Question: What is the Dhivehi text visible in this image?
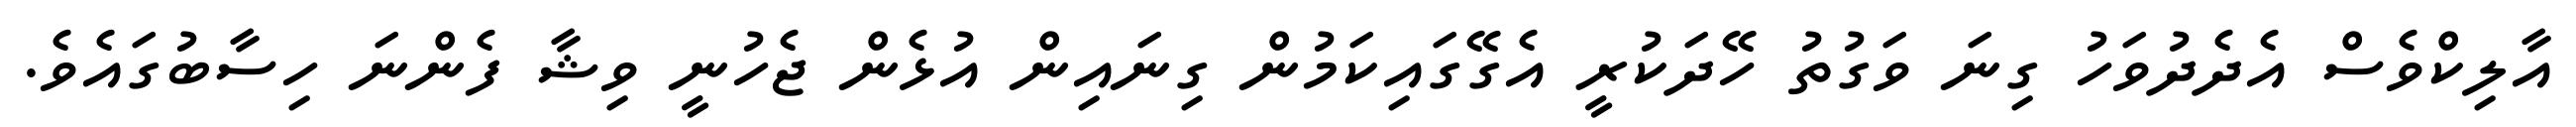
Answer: އާލިކްވެސް އެދެދުވަހު ގިނަ ވަގުތު ހޭދަކުރީ އެގޭގައިކަމުން ގިނައިން އުޅެން ޖެހުނީ ވިޝާ ފެންނަ ހިސާބުގައެވެ.